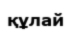
құлай